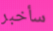
سأخبر